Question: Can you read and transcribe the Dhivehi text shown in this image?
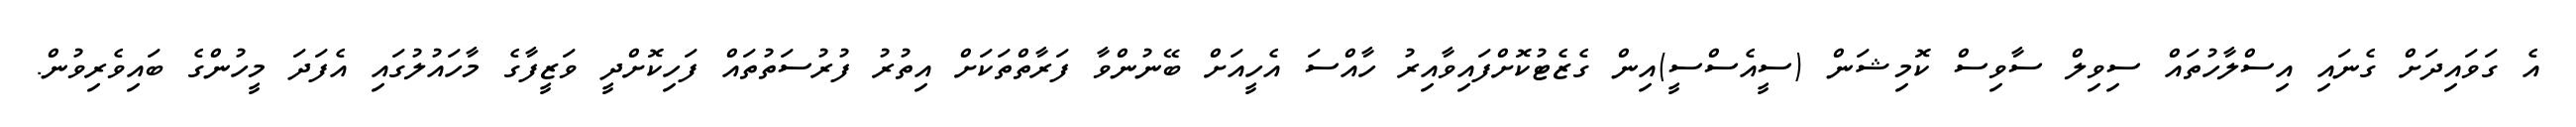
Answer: އެ ގަވައިދަށް ގެނައި އިސްލާހުތައް ސިވިލް ސާވިސް ކޮމިޝަން (ސީއެސްސީ)އިން ގެޒެޓުކޮށްފައިވާއިރު ހާއްސަ އެހީއަށް ބޭނުންވާ ފަރާތްތަކަށް އިތުރު ފުރުސަތުތައް ފަހިކޮށްދީ ވަޒީފާގެ މާހައުލުގައި އެފަދަ މީހުންގެ ބައިވެރިވުން.